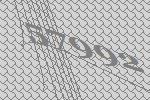
57992